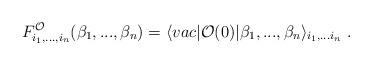
\begin{align*}F^{\cal O}_{i_1,...,i_n}(\beta_1,...,\beta_n)=\langle vac\vert{\cal O}(0)\vert\beta_1,...,\beta_n\rangle_{i_1,...i_n}\ .\end{align*}